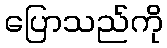
ပြောသည်ကို